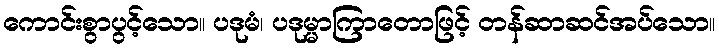
ကောင်းစွာပွင့်သော။ ပဒုမံ၊ ပဒုမ္မာကြာတောဖြင့် တန်ဆာဆင်အပ်သော။